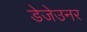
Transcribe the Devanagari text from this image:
डेजेउनर